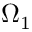
\Omega _ { 1 }